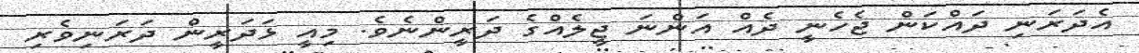
އެދަރަނި ދައްކަން ޖެހެނީ ދެއް އަންނަ ޖީލެއްގެ ދަރީންނެވެ. މިއީ ޅަދަރީން ދަރަނިވެރި